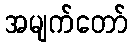
အမျက်တော်